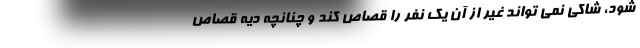
شود، شاکی نمی تواند غیر از آن یک نفر را قصاص کند و چنانچه دیه قصاص